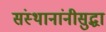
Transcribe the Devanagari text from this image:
संस्थानांनीसुद्धा